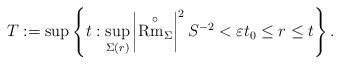
LaTeX: \begin{align*}T:=\sup \left\{ t:\sup_{\Sigma \left( r\right) }\left\vert \overset{\circ }{\mathrm{Rm}_{\Sigma }}\right\vert ^{2}S^{-2}<\varepsilon t_{0}\leq r\leq t\right\}. \end{align*}